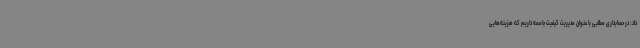
داد: در حسابداری مطلبی با عنوان مدیریت کیفیت جامعه داریم که هزینه‌هایی